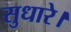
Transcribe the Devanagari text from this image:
सुधारे।